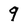
Character: 9